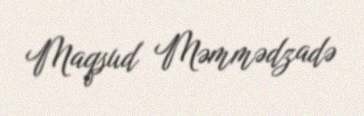
Maqsud Məmmədzadə